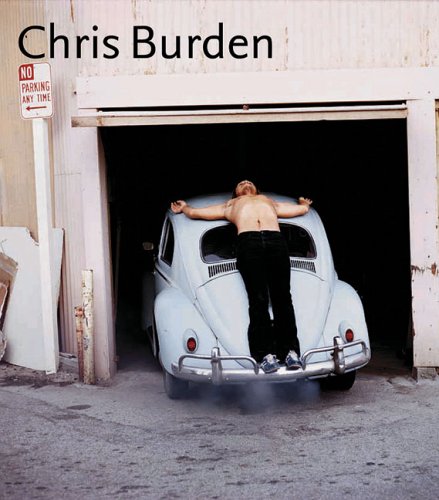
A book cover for Chris Burden; Fred Hoffman; Arts & Photography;